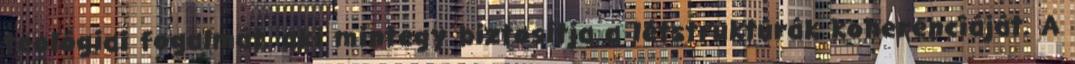
teológiai fogalmát, aki mintegy biztosítja a létstruktúrák koherenciáját. A